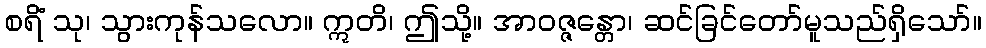
စရိံ သု၊ သွားကုန်သလော။ ဣတိ၊ ဤသို့။ အာဝဇ္ဇန္တော၊ ဆင်ခြင်တော်မူသည်ရှိသော်။